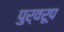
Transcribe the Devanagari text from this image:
पुर्वरूप